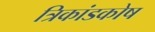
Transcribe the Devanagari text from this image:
त्रिकांडकोष